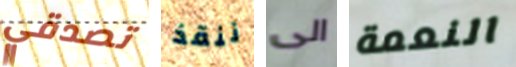
تصدقي ننقذ الى النعمة